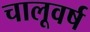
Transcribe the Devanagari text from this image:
चालूवर्ष